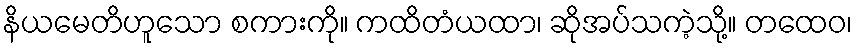
နိယမေတိဟူသော စကားကို။ ကထိတံယထာ၊ ဆိုအပ်သကဲ့သို့။ တထေဝ၊